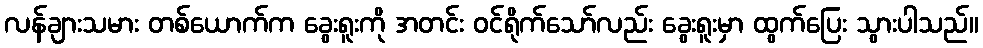
လန်ချားသမား တစ်ယောက်က ခွေးရူးကို အတင်း ဝင်ရိုက်သော်လည်း ခွေးရူးမှာ ထွက်ပြေး သွားပါသည်။